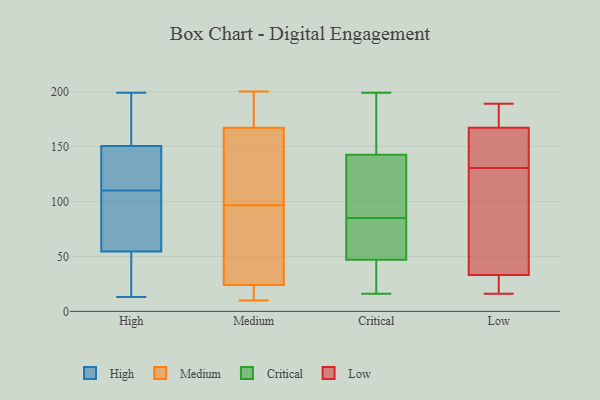
{"axis": {"x": "LTV (USD)", "y": "Value"}, "legend": ["Critical", "High", "Low", "Medium"], "data": [{"x": "", "y": 105, "type": "High"}, {"x": "", "y": 182, "type": "High"}, {"x": "", "y": 148, "type": "High"}, {"x": "", "y": 153, "type": "High"}, {"x": "", "y": 199, "type": "High"}, {"x": "", "y": 196, "type": "High"}, {"x": "", "y": 115, "type": "High"}, {"x": "", "y": 92, "type": "High"}, {"x": "", "y": 51, "type": "High"}, {"x": "", "y": 58, "type": "High"}, {"x": "", "y": 13, "type": "High"}, {"x": "", "y": 141, "type": "High"}, {"x": "", "y": 136, "type": "High"}, {"x": "", "y": 46, "type": "High"}, {"x": "", "y": 27, "type": "High"}, {"x": "", "y": 74, "type": "High"}, {"x": "", "y": 73, "type": "Medium"}, {"x": "", "y": 200, "type": "Medium"}, {"x": "", "y": 122, "type": "Medium"}, {"x": "", "y": 93, "type": "Medium"}, {"x": "", "y": 64, "type": "Medium"}, {"x": "", "y": 189, "type": "Medium"}, {"x": "", "y": 139, "type": "Medium"}, {"x": "", "y": 199, "type": "Medium"}, {"x": "", "y": 100, "type": "Medium"}, {"x": "", "y": 23, "type": "Medium"}, {"x": "", "y": 167, "type": "Medium"}, {"x": "", "y": 107, "type": "Medium"}, {"x": "", "y": 11, "type": "Medium"}, {"x": "", "y": 90, "type": "Medium"}, {"x": "", "y": 24, "type": "Medium"}, {"x": "", "y": 174, "type": "Medium"}, {"x": "", "y": 18, "type": "Medium"}, {"x": "", "y": 10, "type": "Medium"}, {"x": "", "y": 33, "type": "Critical"}, {"x": "", "y": 45, "type": "Critical"}, {"x": "", "y": 88, "type": "Critical"}, {"x": "", "y": 53, "type": "Critical"}, {"x": "", "y": 16, "type": "Critical"}, {"x": "", "y": 92, "type": "Critical"}, {"x": "", "y": 158, "type": "Critical"}, {"x": "", "y": 96, "type": "Critical"}, {"x": "", "y": 85, "type": "Critical"}, {"x": "", "y": 78, "type": "Critical"}, {"x": "", "y": 53, "type": "Critical"}, {"x": "", "y": 171, "type": "Critical"}, {"x": "", "y": 192, "type": "Critical"}, {"x": "", "y": 199, "type": "Critical"}, {"x": "", "y": 35, "type": "Critical"}, {"x": "", "y": 61, "type": "Low"}, {"x": "", "y": 33, "type": "Low"}, {"x": "", "y": 16, "type": "Low"}, {"x": "", "y": 171, "type": "Low"}, {"x": "", "y": 23, "type": "Low"}, {"x": "", "y": 189, "type": "Low"}, {"x": "", "y": 131, "type": "Low"}, {"x": "", "y": 122, "type": "Low"}, {"x": "", "y": 31, "type": "Low"}, {"x": "", "y": 170, "type": "Low"}, {"x": "", "y": 167, "type": "Low"}, {"x": "", "y": 135, "type": "Low"}, {"x": "", "y": 130, "type": "Low"}, {"x": "", "y": 161, "type": "Low"}]}